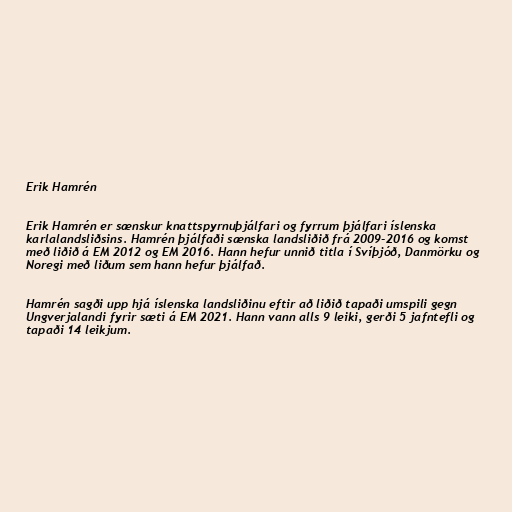
Erik Hamrén

Erik Hamrén er sænskur knattspyrnuþjálfari og fyrrum þjálfari íslenska
karlalandsliðsins. Hamrén þjálfaði sænska landsliðið frá 2009-2016 og komst
með liðið á EM 2012 og EM 2016. Hann hefur unnið titla í Svíþjóð, Danmörku og
Noregi með liðum sem hann hefur þjálfað.

Hamrén sagði upp hjá íslenska landsliðinu eftir að liðið tapaði umspili gegn
Ungverjalandi fyrir sæti á EM 2021. Hann vann alls 9 leiki, gerði 5 jafntefli og
tapaði 14 leikjum.